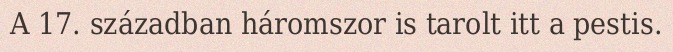
A 17. században háromszor is tarolt itt a pestis.